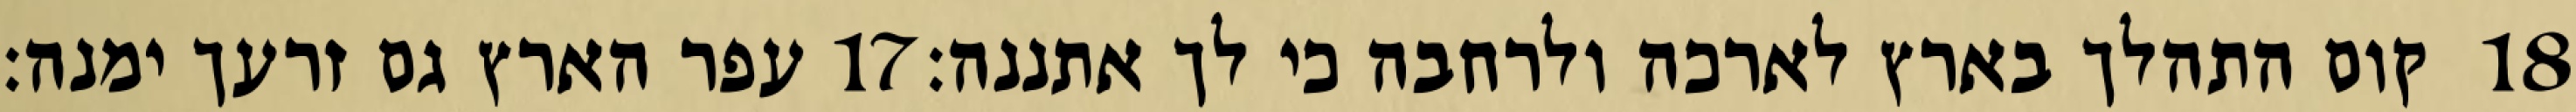
עפר הארץ גם זרעך ימנה׃ ‎17‏ קום התהלך בארץ לארכה ולרחבה כי לך אתננה׃ ‎18‏